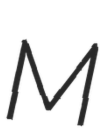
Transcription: M